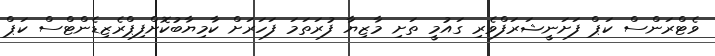
ވެޓްރަންސް ކަޕް ފަށަނީޝަރަފްވެރި ގައުމީ ތަށި މާޒިޔާ ފުރަތަމަ ފަހަރަށް ކާމިޔާބުކޮށްފިޕްރެޒިޑެންޓްސް ކަޕް